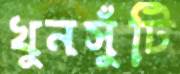
খুনসুঁটি